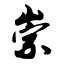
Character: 崇